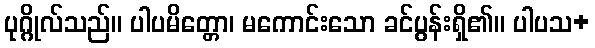
ပုဂ္ဂိုလ်သည်။ ပါပမိတ္တော၊ မကောင်းသော ခင်ပွန်းရှိ၏။ ပါပသ+